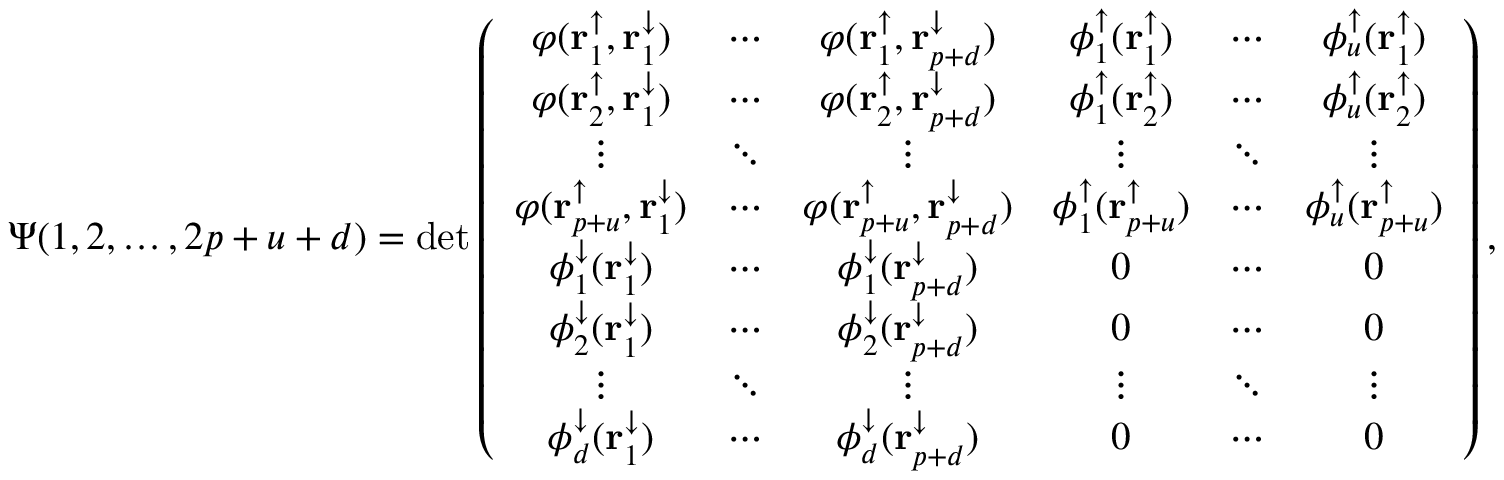
\Psi ( 1 , 2 , \dots , 2 p + u + d ) = \operatorname* { d e t } \left( \begin{array} { c c c c c c c c } { \varphi ( \mathbf { r } _ { 1 } ^ { \uparrow } , \mathbf { r } _ { 1 } ^ { \downarrow } ) } & { \cdots } & { \varphi ( \mathbf { r } _ { 1 } ^ { \uparrow } , \mathbf { r } _ { p + d } ^ { \downarrow } ) } & { \phi _ { 1 } ^ { \uparrow } ( \mathbf { r } _ { 1 } ^ { \uparrow } ) } & { \cdots } & { \phi _ { u } ^ { \uparrow } ( \mathbf { r } _ { 1 } ^ { \uparrow } ) } \\ { \varphi ( \mathbf { r } _ { 2 } ^ { \uparrow } , \mathbf { r } _ { 1 } ^ { \downarrow } ) } & { \cdots } & { \varphi ( \mathbf { r } _ { 2 } ^ { \uparrow } , \mathbf { r } _ { p + d } ^ { \downarrow } ) } & { \phi _ { 1 } ^ { \uparrow } ( \mathbf { r } _ { 2 } ^ { \uparrow } ) } & { \cdots } & { \phi _ { u } ^ { \uparrow } ( \mathbf { r } _ { 2 } ^ { \uparrow } ) } \\ { \vdots } & { \ddots } & { \vdots } & { \vdots } & { \ddots } & { \vdots } \\ { \varphi ( \mathbf { r } _ { p + u } ^ { \uparrow } , \mathbf { r } _ { 1 } ^ { \downarrow } ) } & { \cdots } & { \varphi ( \mathbf { r } _ { p + u } ^ { \uparrow } , \mathbf { r } _ { p + d } ^ { \downarrow } ) } & { \phi _ { 1 } ^ { \uparrow } ( \mathbf { r } _ { p + u } ^ { \uparrow } ) } & { \cdots } & { \phi _ { u } ^ { \uparrow } ( \mathbf { r } _ { p + u } ^ { \uparrow } ) } \\ { \phi _ { 1 } ^ { \downarrow } ( \mathbf { r } _ { 1 } ^ { \downarrow } ) } & { \cdots } & { \phi _ { 1 } ^ { \downarrow } ( \mathbf { r } _ { p + d } ^ { \downarrow } ) } & { 0 } & { \cdots } & { 0 } \\ { \phi _ { 2 } ^ { \downarrow } ( \mathbf { r } _ { 1 } ^ { \downarrow } ) } & { \cdots } & { \phi _ { 2 } ^ { \downarrow } ( \mathbf { r } _ { p + d } ^ { \downarrow } ) } & { 0 } & { \cdots } & { 0 } \\ { \vdots } & { \ddots } & { \vdots } & { \vdots } & { \ddots } & { \vdots } \\ { \phi _ { d } ^ { \downarrow } ( \mathbf { r } _ { 1 } ^ { \downarrow } ) } & { \cdots } & { \phi _ { d } ^ { \downarrow } ( \mathbf { r } _ { p + d } ^ { \downarrow } ) } & { 0 } & { \cdots } & { 0 } \end{array} \right) ,